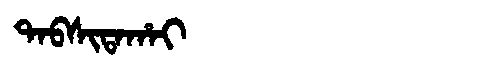
Manchu: ᡨᠠᠪᠰᡳᡨᠠᡥᠠᡳ
Romanization: TABSITAHAI